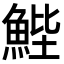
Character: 𮫺